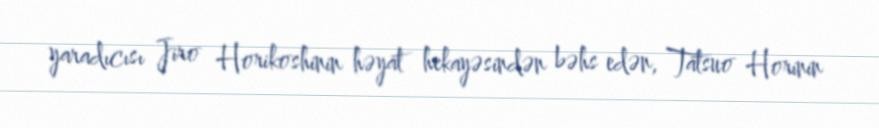
yaradıcısı Jiro Horikoshinin həyat hekayəsindən bəhs edən, Tatsuo Horinin